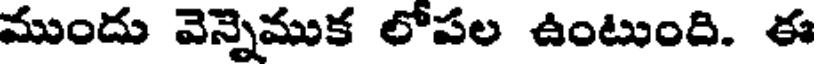
ముందు వెన్నెముక లోపల ఉంటుంది. ఈ